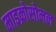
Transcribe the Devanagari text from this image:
माइक्रोसोमल